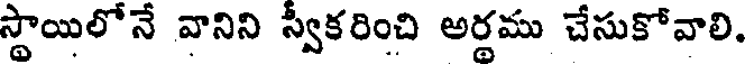
స్థాయిలోనే వానిని స్వీకరించి అర్ధము చేసుకోవాలి.